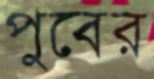
পুবের